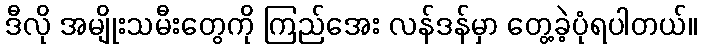
ဒီလို အမျိုးသမီးတွေကို ကြည်အေး လန်ဒန်မှာ တွေ့ခဲ့ပုံရပါတယ်။